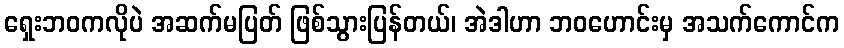
ရှေးဘဝကလိုပဲ အဆက်မပြတ် ဖြစ်သွားပြန်တယ်၊ အဲဒါဟာ ဘဝဟောင်းမှ အသက်ကောင်က